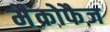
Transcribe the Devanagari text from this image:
मैक्रोफैज